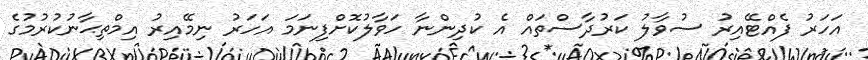
އަހަރު ފެއްޓޭއިރު ސުވާލު ކަރުދާސްތައް އެ ކުދިންނާ ހަވާލުކޮށްފިނަމަ އަހަރު ނިމޭއިރު އިމްތިޙާނުކުރުމުގެ